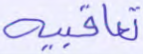
تعاقبية